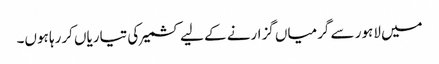
میں لاہور سے گرمیاں گزارنے کے لیے کشمیر کی تیاریاں کررہا ہوں۔